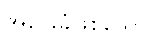
အခြေခံဖြစ်သော